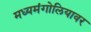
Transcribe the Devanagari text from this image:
मध्यमंगोलियावर